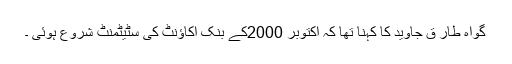
گواہ طار ق جاوید کا کہنا تھا کہ اکتوبر 2000کے بنک اکاﺅنٹ کی سٹیٹمنٹ شروع ہوئی ۔